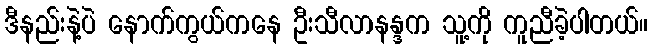
ဒီနည်းနဲ့ပဲ နောက်ကွယ်ကနေ ဦးသီလာနန္ဒက သူ့ကို ကူညီခဲ့ပါတယ်။